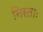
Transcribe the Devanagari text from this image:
निरताः